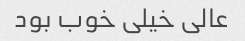
عالی خیلی خوب بود